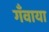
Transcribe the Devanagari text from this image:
गँवाया